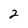
Character: 2